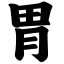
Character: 胃